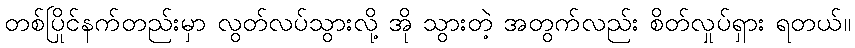
တစ်ပြိုင်နက်တည်းမှာ လွတ်လပ်သွားလို့ အို သွားတဲ့ အတွက်လည်း စိတ်လှုပ်ရှား ရတယ်။